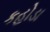
કહોડા